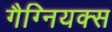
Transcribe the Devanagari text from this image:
गैग्नियक्स